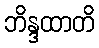
ဘိန္ဒထာတိ